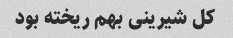
کل شیرینی بهم ریخته بود